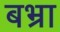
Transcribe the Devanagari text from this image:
बभ्रा